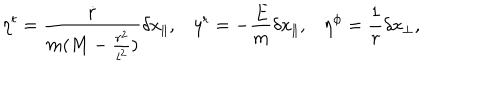
\eta ^ { t } = \frac { \dot { r } } { m ( M - \frac { r ^ { 2 } } { l ^ { 2 } } ) } \delta x _ { \parallel } , \eta ^ { r } = - \frac { E } { m } \delta x _ { \parallel } , \eta ^ { \phi } = \frac { 1 } { r } \delta x _ { \perp } ,